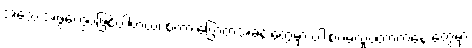
အသေးအဖွဲတွေပဲဖြစ်ပါတယ်၊ စကားပြောတဲ့အခန်းတွေမှာ ပါးစပ်မလှုပ်တာကနေ တွေမှာ